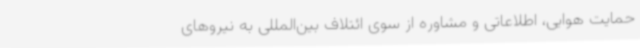
حمایت هوایی، اطلاعاتی و مشاوره از سوی ائتلاف بین‌المللی به نیروهای